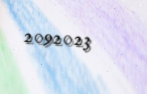
2092023